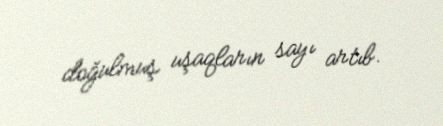
doğulmuş uşaqların sayı artıb.